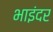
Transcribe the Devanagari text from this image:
भाइंदर